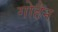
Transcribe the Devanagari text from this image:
गोहैन